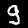
Label: 9